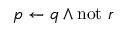
p \leftarrow q \land \mathrm { n o t } ~ r